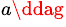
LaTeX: ^{a\ddag}